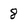
Character: 8